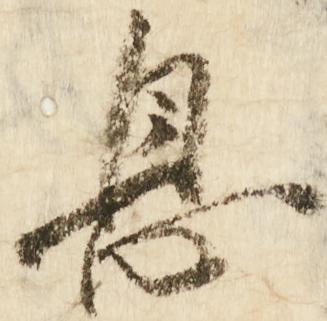
息